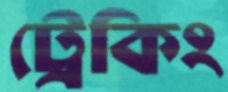
ট্রেকিং